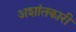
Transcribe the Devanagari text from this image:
अशांतकारी